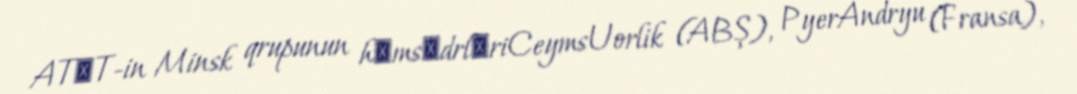
ATӘT-in Minsk qrupunun hәmsәdrlәriCeymsUorlik (ABŞ), PyerAndryu (Fransa),